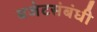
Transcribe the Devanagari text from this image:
बजेटसंबंधी